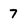
Character: 7